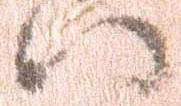
八